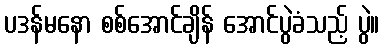
ပဒန်မနော စစ်အောင်ချိန် အောင်ပွဲခံသည့် ပွဲ။